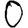
Digit: 0